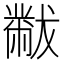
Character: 黻